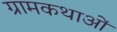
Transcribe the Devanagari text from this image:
ग्रामकथाओं